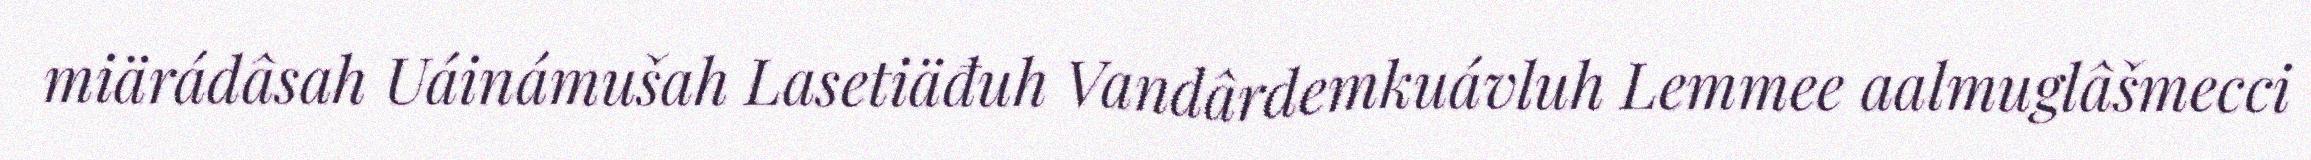
miärádâsah Uáinámušah Lasetiäđuh Vandârdemkuávluh Lemmee aalmuglâšmecci